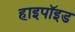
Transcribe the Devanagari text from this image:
हाइपॉइड